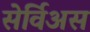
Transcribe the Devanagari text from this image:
सेर्विअस